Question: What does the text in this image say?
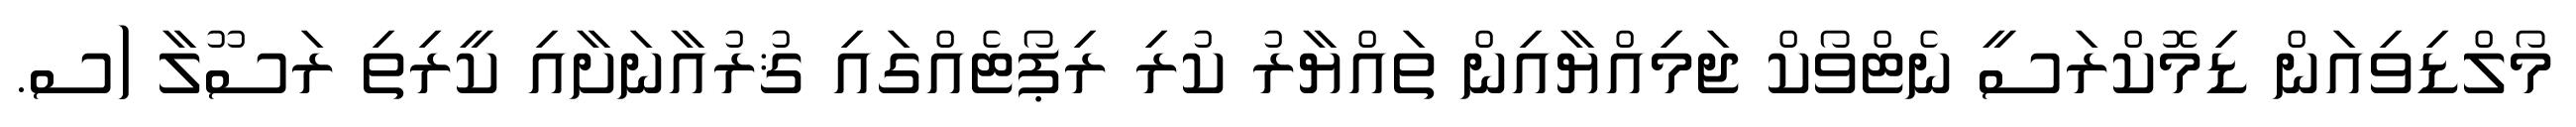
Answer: މޯލްޑިވިއަން ޑިމޮކްރަސީ ނެޓްވޯކް ޖަމިއްޔާއިން ތައްޔާރު ކުރި ރިޕޯޓެއްގައި ޤުރުއާނަށާއި ކީރިތި ރަސޫލާ (ސ.